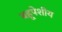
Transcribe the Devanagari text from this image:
बहूपेशीय